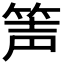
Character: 𥭺